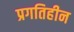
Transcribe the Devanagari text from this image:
प्रगतिहीन